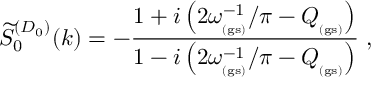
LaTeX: \widetilde { S } _ { 0 } ^ { ( D _ { 0 } ) } ( k ) = - \frac { 1 + i \left( 2 \omega _ { _ \mathrm { ( g s ) } } ^ { - 1 } / \pi - Q _ { _ \mathrm { ( g s ) } } \right) } { 1 - i \left( 2 \omega _ { _ \mathrm { ( g s ) } } ^ { - 1 } / \pi - Q _ { _ \mathrm { ( g s ) } } \right) } \; ,